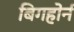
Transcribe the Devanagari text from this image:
बिगहोर्न